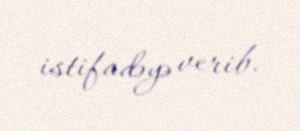
istifadəyə verib.